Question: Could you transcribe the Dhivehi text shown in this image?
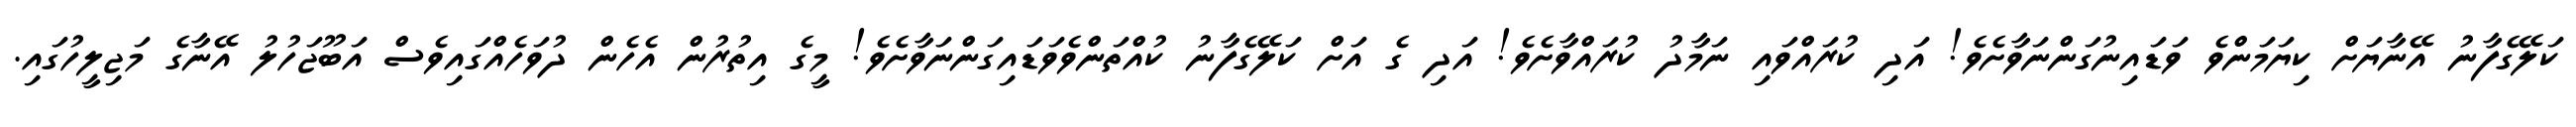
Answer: ކަލޭގެފާނު އޭނާޔަށް ކިޔަމަންވެ ވަޑައިނުގަންނަވާށެވެ! އަދި ކުރައްވައި ނަމާދު ކުރައްވާށެވެ! އަދި ގެ އަށް ކަލޭގެފާނު ކުއްތަންވެވަޑައިގަންނަވާށެވެ! މީގެ އިތުރުން އެހެން ދުވަހެއްގައިވެސް އަބޫޖަހުލު އޭނާގެ މަޖިލީހުގައި.